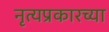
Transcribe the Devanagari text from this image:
नृत्यप्रकारच्या